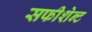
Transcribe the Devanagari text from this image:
सफीशेन्ट